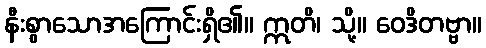
နီးစွာသောအကြောင်းရှိ၏။ ဣတိ၊ သို့။ ဝေဒိတဗ္ဗာ။